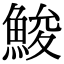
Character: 鮻